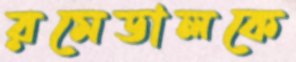
রমেডালকে